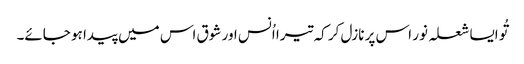
تُو ایسا شعلہ نور اس پر نازل کر کہ تیرا اُنس اور شوق اس میں پیدا ہو جائے۔